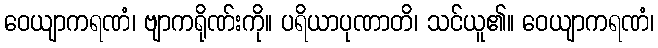
ဝေယျာကရဏံ၊ ဗျာကရိုဏ်းကို။ ပရိယာပုဏာတိ၊ သင်ယူ၏။ ဝေယျာကရဏံ၊